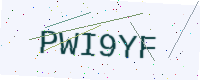
Text: PWI9YF